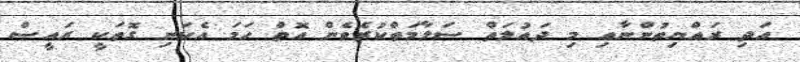
އަދި ރައްޔިތުންނާއި މި ދައުލަތް ސަލާމަތްކުރެވެން އޮތް ހަމަ އެކަނި ގޮތަކީ ރައީސް